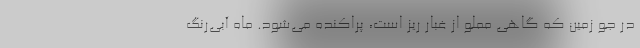
در جو زمین که گاهی مملو از غبار ریز است، پراکنده می‌شود. ماه آبی‌رنگ